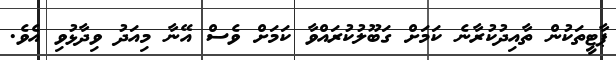
ޕާޓީތަކުން ތާއިދުކުރާނެ ކަމަށް ގަބޫލުކުރައްވާ ކަމަށް ވެސް އޭނާ މިއަދު ވިދާޅުވި އެވެ.